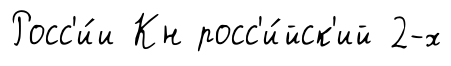
Росс'и́и Кн росс'и́йск'ий 2-х